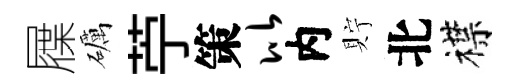
屧礪苧策比内貯北襟